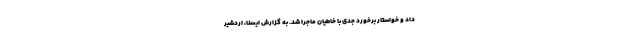
داد و خواستار برخورد جدی با خاطیان ماجرا شد. به گزارش ایسنا، اردشیر